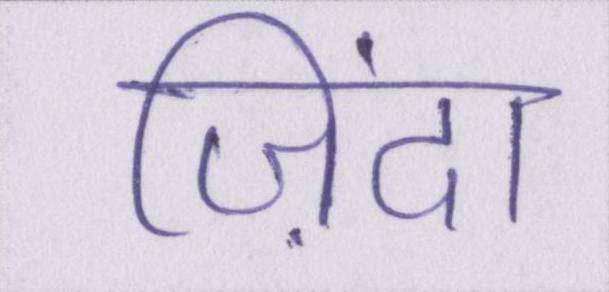
ज़िंदा